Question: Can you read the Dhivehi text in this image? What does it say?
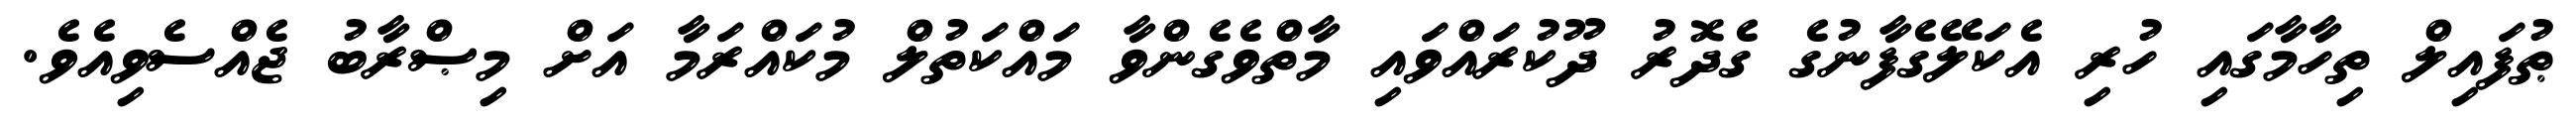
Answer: ޠުފައިލް ތިހާމާގައި ހުރި އެކަލޭގެފާނުގެ ގެދޮރު ދޫކުރައްވައި މާތްވެގެންވާ މައްކަތުލް މުކައްރަމާ އަށް މިޞްރާބު ޖެއްސެވިއެވެ.